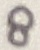
Text: 8